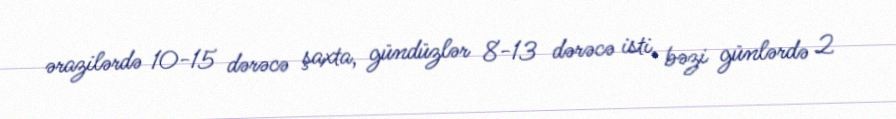
ərazilərdə 10-15 dərəcə şaxta, gündüzlər 8-13 dərəcə isti, bəzi günlərdə 2